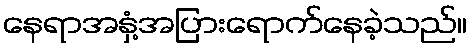
နေရာအနှံ့အပြားရောက်နေခဲ့သည်။